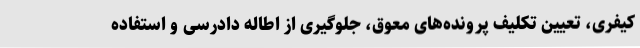
کیفری، تعیین تکلیف پرونده‌های معوق، جلوگیری از اطاله دادرسی و استفاده